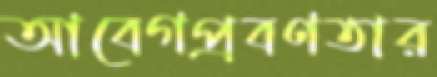
আবেগপ্রবণতার